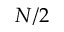
N / 2